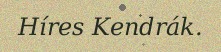
Híres Kendrák.